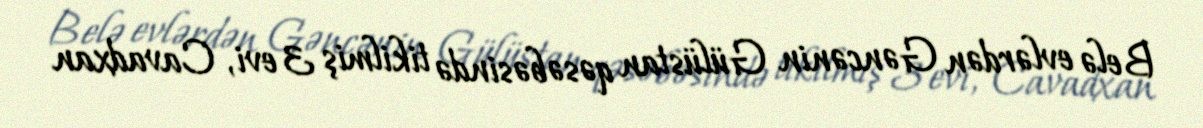
Belə evlərdən Gəncənin Gülüstan qəsəbəsində tikilmiş 3 evi, Cavadxan